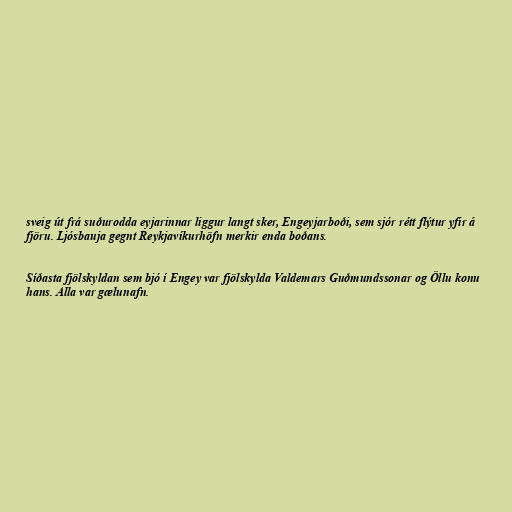
sveig út frá suðurodda eyjarinnar liggur langt sker, Engeyjarboði, sem sjór rétt flýtur yfir á
fjöru. Ljósbauja gegnt Reykjavíkurhöfn merkir enda boðans.

Síðasta fjölskyldan sem bjó í Engey var fjölskylda Valdemars Guðmundssonar og Öllu konu
hans. Alla var gælunafn.